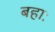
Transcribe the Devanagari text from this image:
बहाः